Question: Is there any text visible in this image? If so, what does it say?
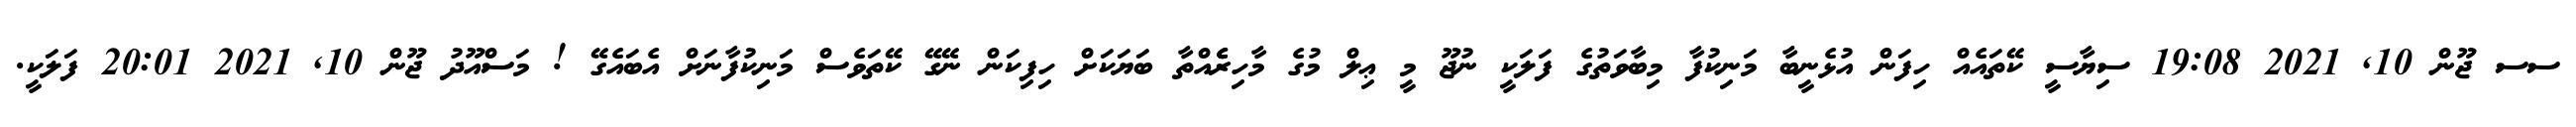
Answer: ސސ ޖޫން 10, 2021 19:08 ސިޔާސީ ކޭތައެއް ހިފަން އުޅެނީބާ މަނިކުފާ މިބާވަތުގެ ފަލަކީ ނުޖޫ މީ ޢިލް މުގެ މާހިރެެއްތާ ބަޔަކަށް ހިފިކަން ނޭގޭ ކޭތަވެސް މަނިކުފާނަށް އެބައެގޭ ! މަސްއޫދު ޖޫން 10, 2021 20:01 ފަލަކީ.